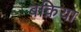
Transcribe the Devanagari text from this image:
बक़िया